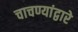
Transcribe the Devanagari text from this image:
चाचण्यांद्वारे